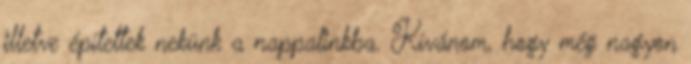
illetve építettek nekünk a nappalinkba. Kívánom, hogy még nagyon